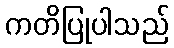
ကတိပြုပါသည်